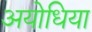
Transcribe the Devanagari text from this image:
अयोधिया